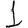
Digit: 1